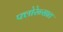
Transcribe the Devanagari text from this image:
फ्लोरेन्सात